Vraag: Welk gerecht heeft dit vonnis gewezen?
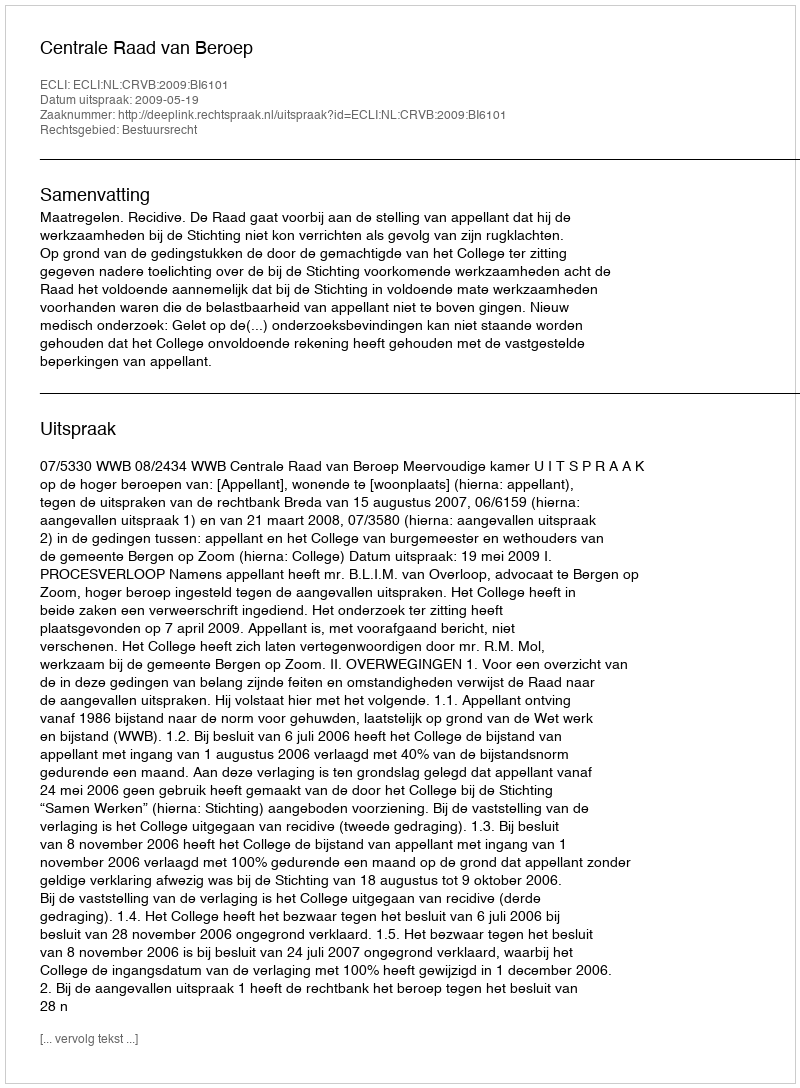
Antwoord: Centrale Raad van Beroep